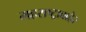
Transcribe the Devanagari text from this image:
महराष्ट्राबाहेर